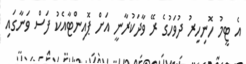
އެ ޓީމު ހޮނިހިރު ދުވަހުގެ ރޭ ވާދަކުރާނީ އަށް ޕޮއިންޓާއެކު ފަސް ވަނާގައި